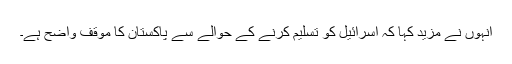
انہوں نے مزید کہا کہ اسرائیل کو تسلیم کرنے کے حوالے سے پاکستان کا موقف واضح ہے۔